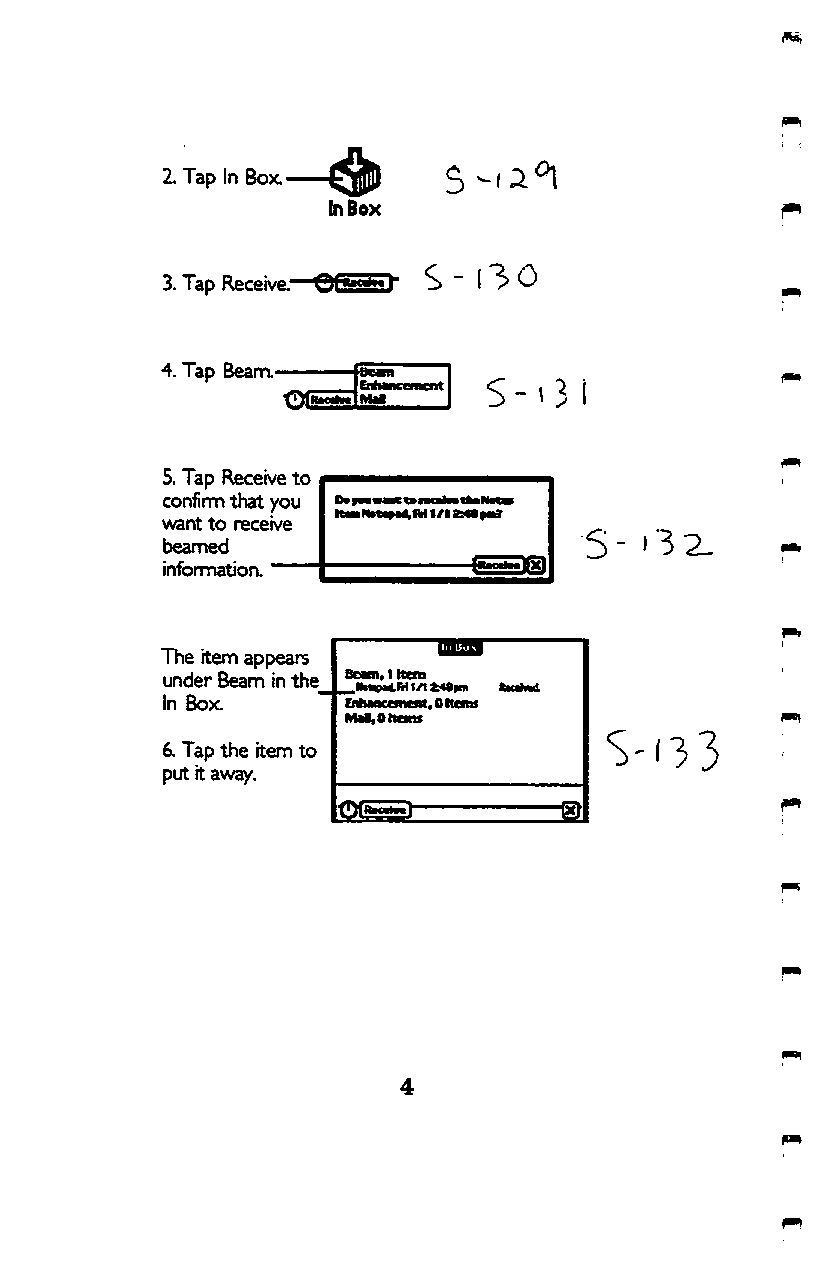
2. Tap   In  Box   S  ^  ^
 In Box
 3. Tap Receive." S - ( 3 0
 4. Tap Beam.-
 i B e ^
 lEnhngmmrt
 iRtMlMlMal
 5. Tap Receive to p———
 confirm that you
 want to receive
 beamed
 infomnation. "
 The item appears
 under Beam in the Bern, I Iteni
 _llM^lri t/t ^ftn
 In Box      CnhMCsncfit, 0 Item
 MaliOttcmf
 6. Tap the item to
 put ft away.